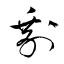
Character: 剰